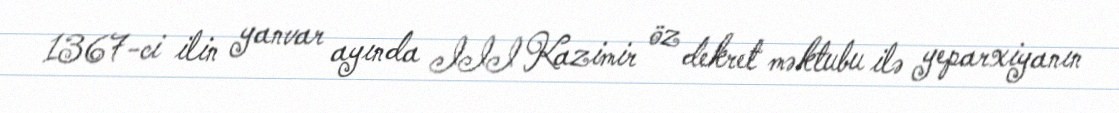
1367-ci ilin yanvar ayında III Kazimir öz dekret məktubu ilə yeparxiyanın